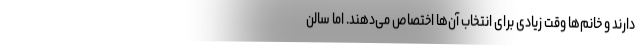
دارند و خانم‌ها وقت زیادی برای انتخاب آن‌ها اختصاص می‌دهند. اما سالن